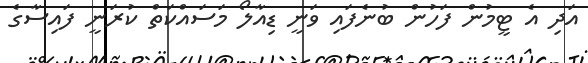
އަދި އެ ޓީމުން ފަހުން ބުނެފައި ވަނީ ޑިއާލޯ މަސައްކަތް ކުރަނީ ފައިސާގެ